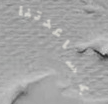
بمساعدتنا